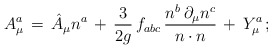
\begin{align*}A^a_\mu \, = \, \hat{A}_\mu n^a \, + \, \frac{3}{2g} \, f_{abc} \, \frac{n^b \, \partial_\mu n^c}{n \cdot n} \, + \, Y^a_\mu \, ; \end{align*}